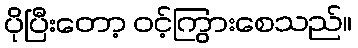
ပိုပြီးတော့ ဝင့်ကြွားစေသည်။